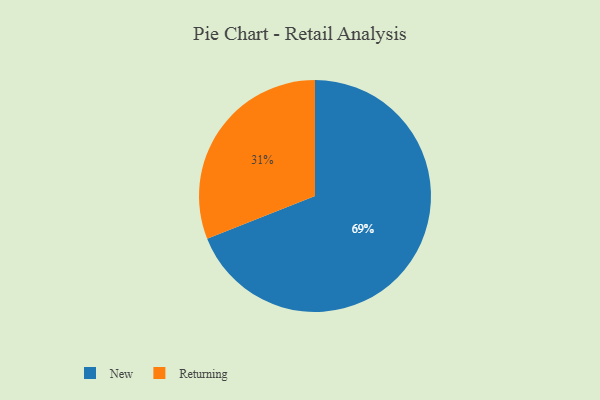
{"axis": {"x": "Category", "y": "Percentage"}, "legend": ["New", "Returning"], "data": [{"x": "New", "y": 69, "type": "New"}, {"x": "Returning", "y": 31, "type": "Returning"}]}